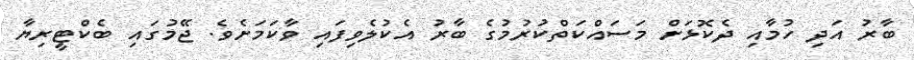
ބާރު އަދި ހުމާއި ދެކޮޅަށް މަސައްކަތްކުރުމުގެ ބާރު އެކުލެވިފައި ވާކަމަށެވެ. ޖޭމުގައި ބެކްޓީރިޔާ